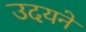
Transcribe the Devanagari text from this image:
उदयने